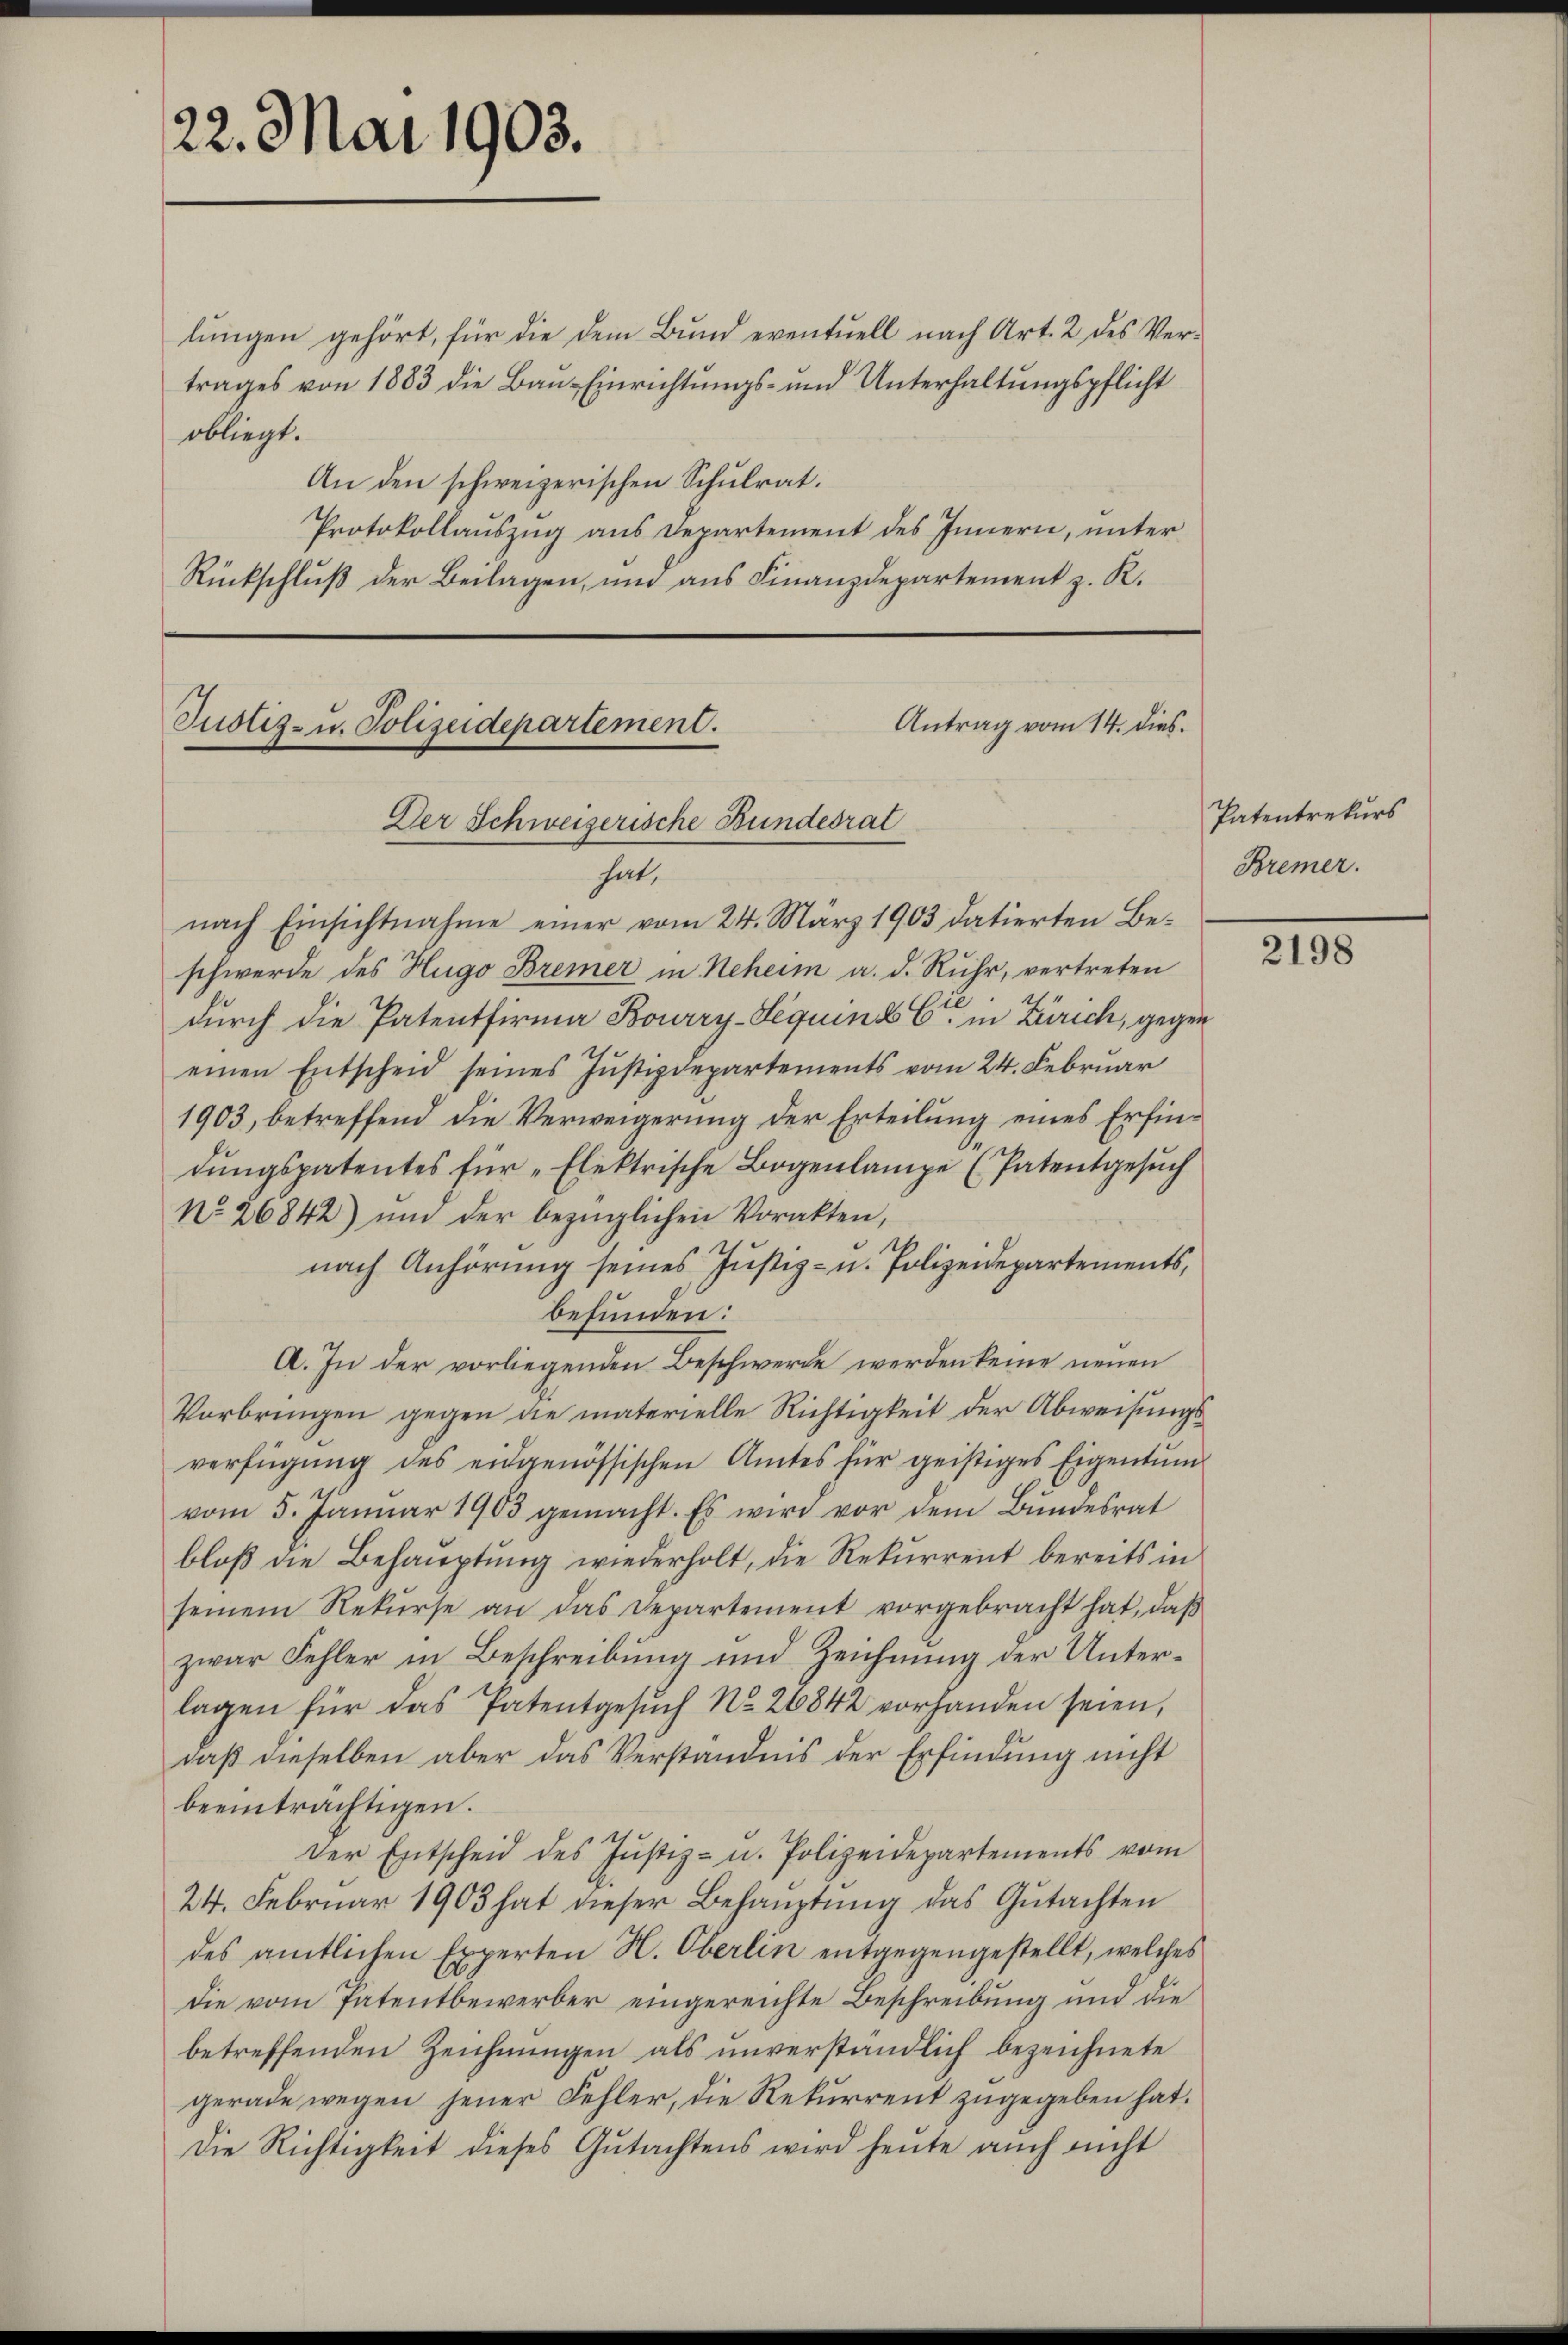
22. Mai 1902.

lungen gehört, für die dem Bund eventuell nach Art. 2 des Vertrages von 1883 die Bau-Einrichtungs- und Unterhaltungspflicht
obliegt.
An den schweizerischen Schulrat.
Protokollauszug aus Departement des Innern, unter
Rückschluß der Beilagen, und aus Finanzdepartement z. R.

Antrag vom 14. dies.
Justiz- u. Polizeidepartement.
Der Schweizerische Bundesrat
hat,
nach Einsichtnahme einer vom 24. März 1903 datierten Be¬

schwerde des Hugo Bremer in Neheim a. d. Ruhr, vertreten
durch die Patentfirma Bourry-Sequenz C in Zürich, gegen
einen Entscheid seines Justizdepartements vom 24. Februar
1903, betreffend die Verweigerung der Erteilung eines Erfin¬
.
dŭngspatentes für „Elektrische Bogenlampe (Patentgesŭch
No 26842) ŭm der bezüglichen Vorakten,
11
nach Anhörung seines Justiz- u. Polizeidepartements,
befunden:
A. In der vorliegenden Beschwerde werden keine neuen
Vorbringen gegen die materielle Richtigkeit der Abweisungsverfügung des eidgenössischen Amtes für geistiges Eigentum
vom 5. Januar 1903 gemacht. Es wird vor dem Bŭndesrat
bloß die Behauptung wiederholt, die Rekurrent bereits in
seinem Rekurse an das Departement vorgebracht hat, daß
zwar Fehler in Beschreibung und Zeichnung der Unterlagen für das Patentgesŭch No 26842 vorhanden seien,
daß dieselben aber das Verständnis der Erfindung nicht
beeinträchtigen.
Der Entscheid des Justiz- u. Polizeidepartements vom
24. Februar 1903 hat dieser Behauptung das Gŭtachten
des amtlichen Experten H. Oberlin entgegengestellt, welches
Die vom Patentbewerber eingereichte Beschreibung und die
betreffenden Zeichnungen als unverständlich bezeichnete
gerade wegen jener Fehler, die Rekurrent zugegeben hat.
Die Richtigkeit dieses Gutachtens wird heute auch nicht

Patentrekurs
Bremer.

2198